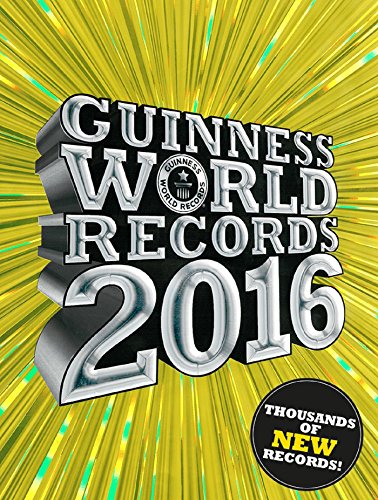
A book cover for Guinness World Records 2016; Guinness World Records; Humor & Entertainment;